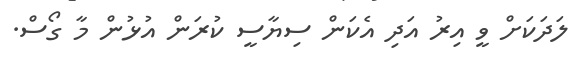
ލަދަކަށް ވީ އިރު އަދި އެކަން ސިޔާސީ ކުރަން އުޅުން މާ ގޯސް.